Report of the Indian Hemp Drugs Commission, 1894-1895 - Volume I
Year: 1894
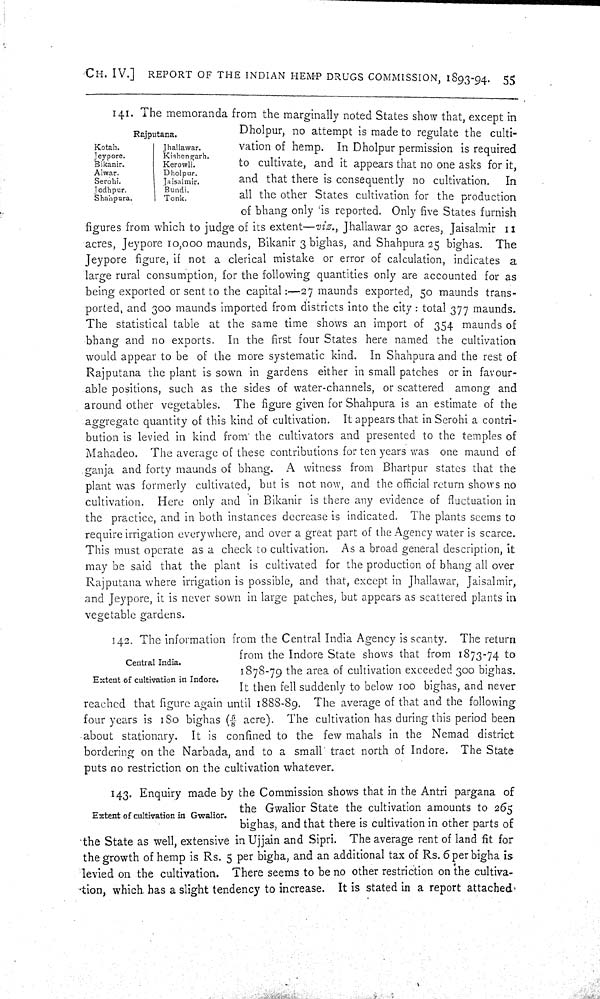
CH. IV.] REPORT OF THE INDIAN HEMP DRUGS COMMISSION, 1893-94. 55
Rajputana.
Kotah.
Jhallawar.
Jeypore.
Kishengarh.
Bikanir.
Kerowli.
Alwar.
Dholpur.
Serohi.
Jaisalmir.
Jodhpur.
Bundi.
Shahpura.
Tonk.
141. The memoranda from the marginally noted States show that, except in
Dholpur, no attempt is made to regulate the culti-
vation of hemp. In Dholpur permission is required
to cultivate, and it appears that no one asks for it,
and that there is consequently no cultivation. In
all the other States cultivation for the production
of bhang only is reported. Only five States furnish
figures from which to judge of its extent—viz., Jhallawar 30 acres, Jaisalmir 11
acres, Jeypore 10,000 maunds, Bikanir 3 bighas, and Shahpura 25 bighas. The
Jeypore figure, if not a clerical mistake or error of calculation, indicates a
large rural consumption, for the following quantities only are accounted for as
being exported or sent to the capital:—27 maunds exported, 50 maunds trans-
ported, and 300 maunds imported from districts into the city: total 377 maunds.
The statistical table at the same time shows an import of 354 maunds of
bhang and no exports. In the first four States here named the cultivation
would appear to be of the more systematic kind. In Shahpura and the rest of
Rajputana the plant is sown in gardens either in small patches or in favour-
able positions, such as the sides of water-channels, or scattered among and
around other vegetables. The figure given for Shahpura is an estimate of the
aggregate quantity of this kind of cultivation. It appears that in Serohi a contri-
bution is levied in kind from the cultivators and presented to the temples of
Mahadeo. The average of these contributions for ten years was one maund of
ganja and forty maunds of bhang. A witness from Bhartpur states that the
plant was formerly cultivated, but is not now, and the official return shows no
cultivation. Here only and in Bikanir is there any evidence of fluctuation in
the practice, and in both instances decrease is indicated. The plants seems to
require irrigation everywhere, and over a great part of the Agency water is scarce.
This must operate as a check to cultivation. As a broad general description, it
may be said that the plant is cultivated for the production of bhang all over
Rajputana where irrigation is possible, and that, except in Jhallawar, Jaisalmir,
and Jeypore, it is never sown in large patches, but appears as scattered plants in
vegetable gardens.
Central India.
Extent of cultivation in Indore.
142. The information from the Central India Agency is scanty. The return
from the Indore State shows that from 1873-74 to
1878-79 the area of cultivation exceeded 300 bighas.
It then fell suddenly to below 100 bighas, and never
reached that figure again until 1888-89. The average of that and the following
four years is 180 bighas (5/8 acre). The cultivation has during this period been
about stationary. It is confined to the few mahals in the Nemad district
bordering on the Narbada, and to a small tract north of Indore. The State
puts no restriction on the cultivation whatever.
Extent of cultivation in Gwalior.
143. Enquiry made by the Commission shows that in the Antri pargana of
the Gwalior State the cultivation amounts to 265
bighas, and that there is cultivation in other parts of
the State as well, extensive in Ujjain and Sipri. The average rent of land fit for
the growth of hemp is Rs. 5 per bigha, and an additional tax of Rs. 6 per bigha is
levied on the cultivation. There seems to be no other restriction on the cultiva-
tion, which has a slight tendency to increase. It is stated in a report attached